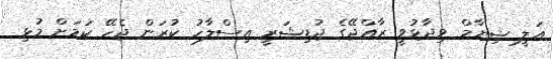
ޢަލީ ޝިޔާމް ވިދާޅުވީ ރާއްޖޭގެ ޖުޑިޝަރީ އިސްލާހު ކުރަން ޖެހޭ ކަމަށް މުޅި